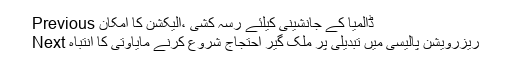
Previous ڈالمیا کے جانشینی کیلئے رسہ کشی ،الیکشن کا امکان
Next ریزرویشن پالیسی میں تبدیلی پر ملک گیر احتجاج شروع کرنے مایاوتی کا انتباہ